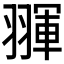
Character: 𦑩